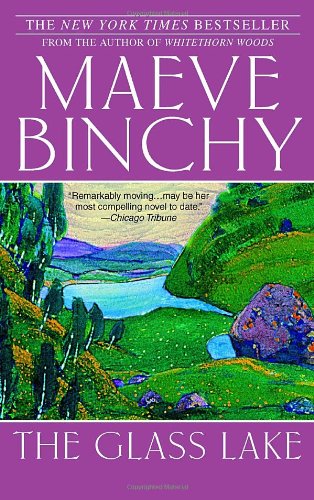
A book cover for The Glass Lake; Maeve Binchy; Literature & Fiction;